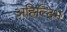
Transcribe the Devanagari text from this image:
अहिल्दिभ